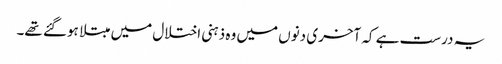
یہ درست ہے کہ آخری دنوں میں وہ ذہنی اختلال میں مبتلا ہوگئے تھے۔